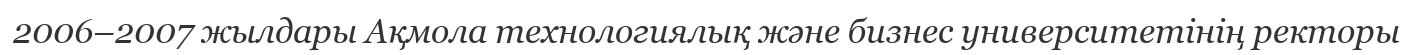
2006–2007 жылдары Ақмола технологиялық және бизнес университетінің ректоры